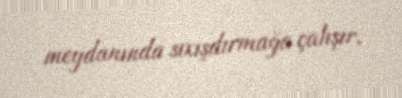
meydanında sıxışdırmağa çalışır.